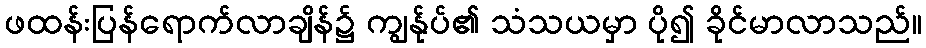
ဖထန်းပြန်ရောက်လာချိန်၌ ကျွန်ုပ်၏ သံသယမှာ ပို၍ ခိုင်မာလာသည်။